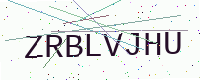
Text: ZRBLVJHU